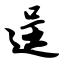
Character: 逞